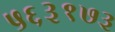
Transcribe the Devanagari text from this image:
५६३१७३